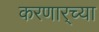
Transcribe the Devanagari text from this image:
करणार्‍च्या